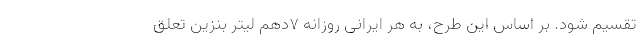
تقسیم شود. بر اساس این طرح، به هر ایرانی روزانه 7دهم لیتر بنزین تعلق